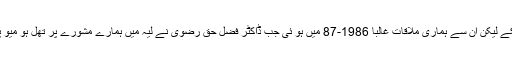
اس وقت تو ان سے ملاقات نہ کر سکے لیکن ان سے ہماری ملاقات غالبا 1986-87 میں ہو ئی جب ڈاکٹر فضل حق رضوی نے لیہ میں ہمارے مشورے پر تھل ہو میو پیتھک میڈ یکل کالج کی بنیاد رکھی ۔